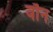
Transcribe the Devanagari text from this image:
वौन